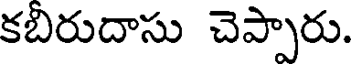
కబిరుదాసు చెప్పారు.